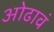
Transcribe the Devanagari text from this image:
ओढावं